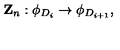
{ \bf Z } _ { n } : \phi _ { D _ { i } } \rightarrow \phi _ { D _ { i + 1 } } ,